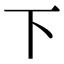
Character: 下